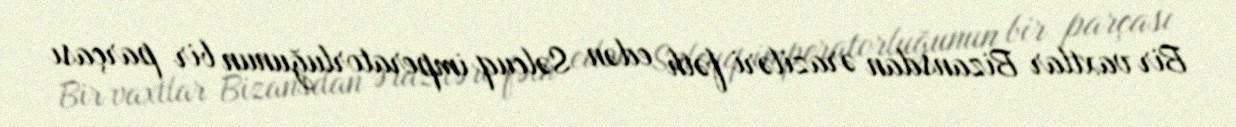
Bir vaxtlar Bizansdan əraziləri fəth edən Səlcuq imperatorluğunun bir parçası